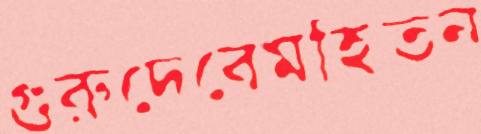
গুরুদেবেমহিতন